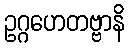
ဥဂ္ဂဟေတဗ္ဗာနိ